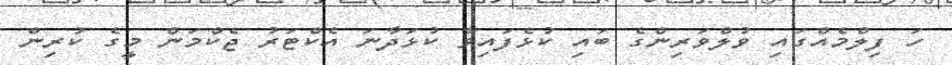
ހަ ފިލްމެއްގައި ވުލްވަރިންގެ ބައި ކުޅެފައިވާ ކުޅަދާނަ އެކްޓަރު ޖެކްމަން މީގެ ކުރިން